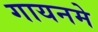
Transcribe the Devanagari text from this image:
गायनमे